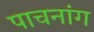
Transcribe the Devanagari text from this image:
पाचनांग